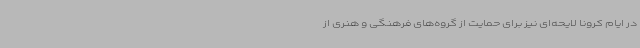
در ایام کرونا لایحه‌ای نیز برای حمایت از گروه‌های فرهنگی و هنری از